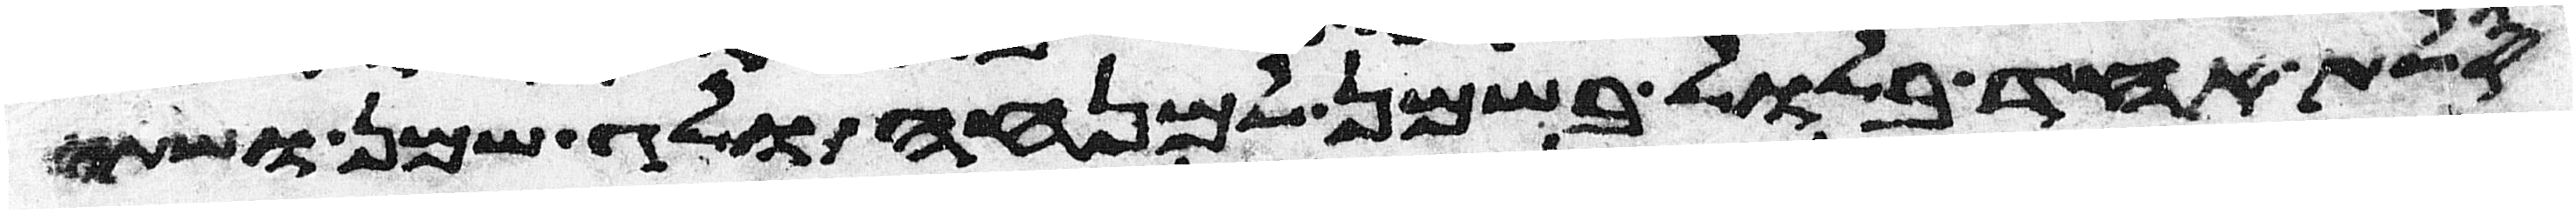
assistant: סלת אחד בלול בשמן למנחה ולג שמן ושתי